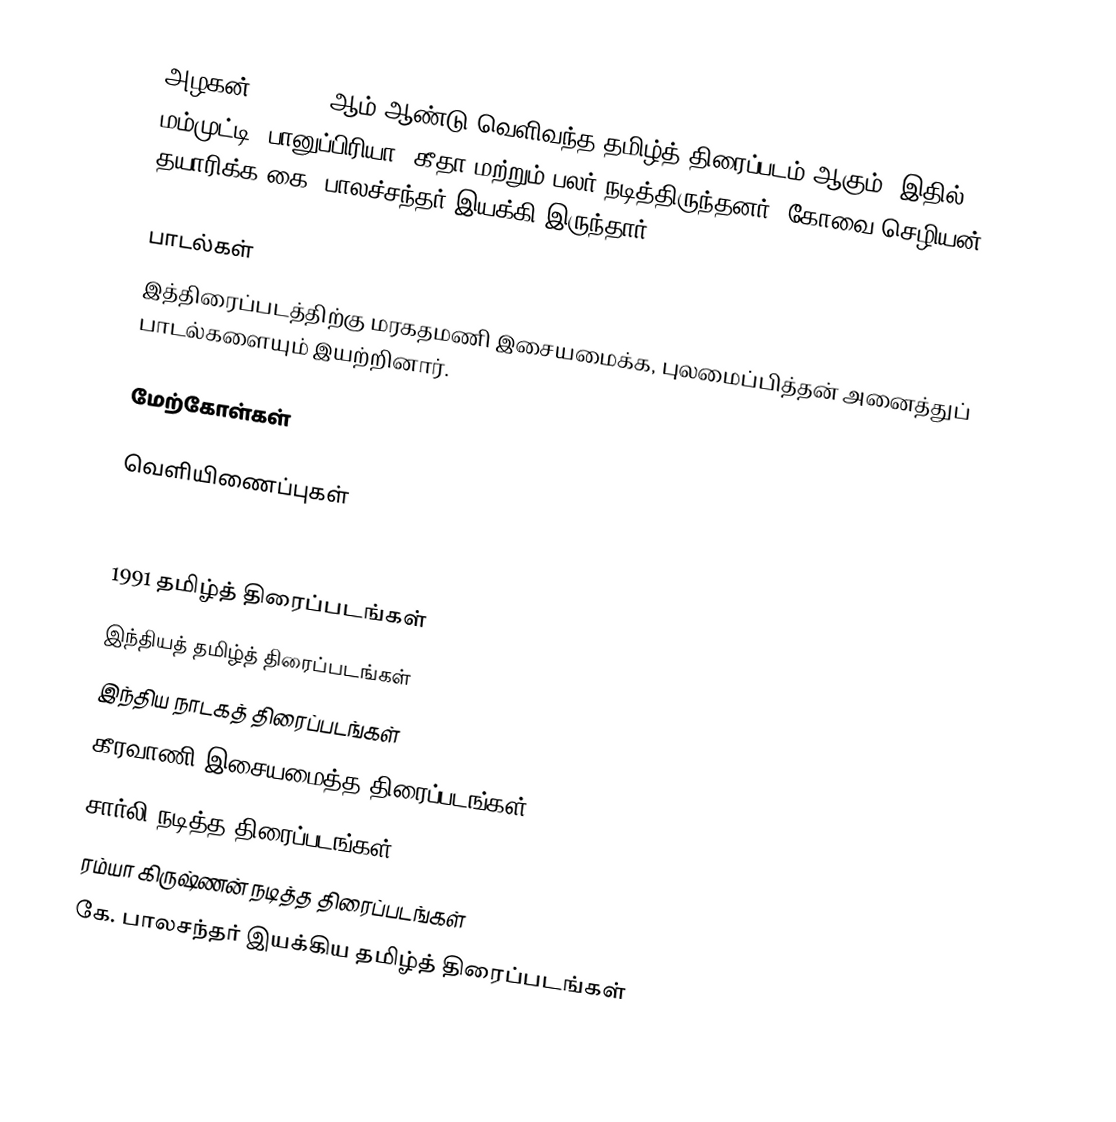
அழகன், () 1991ஆம் ஆண்டு வெளிவந்த தமிழ்த் திரைப்படம் ஆகும். இதில், மம்முட்டி, பானுப்பிரியா, கீதா மற்றும் பலர் நடித்திருந்தனர். கோவை செழியன் தயாரிக்க கை. பாலச்சந்தர் இயக்கி இருந்தார்.

பாடல்கள்
இத்திரைப்படத்திற்கு மரகதமணி இசையமைக்க, புலமைப்பித்தன் அனைத்துப் பாடல்களையும் இயற்றினார்.

மேற்கோள்கள்

வெளியிணைப்புகள்

1991 தமிழ்த் திரைப்படங்கள்
இந்தியத் தமிழ்த் திரைப்படங்கள்
இந்திய நாடகத் திரைப்படங்கள்
கீரவாணி இசையமைத்த திரைப்படங்கள்
சார்லி நடித்த திரைப்படங்கள்
ரம்யா கிருஷ்ணன் நடித்த திரைப்படங்கள்
கே. பாலசந்தர் இயக்கிய தமிழ்த் திரைப்படங்கள்